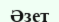
Әзет